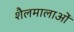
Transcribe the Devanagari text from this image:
शैलमालाओं